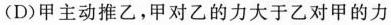
(D)甲主动推乙，甲对乙的力大于乙对甲的力